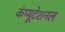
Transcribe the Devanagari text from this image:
कंप्‍यूटेशनल